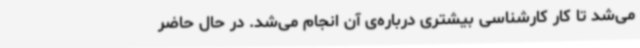
می‌شد تا کار کارشناسی بیشتری درباره‌ی آن انجام می‌شد. در حال حاضر